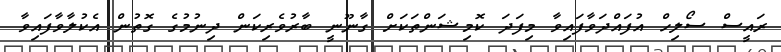
ރައީސް ސޯލިހް އުފައްްދަވާފައިވާ މިފަދަ ކޮމިޝަންތަކަށް ގާނޫނީ ބާރުވެރިކަން ދިނުމުގެ ގޮތުން އެކުލާވާފައިވާ